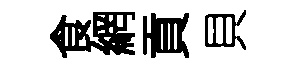
食網貢貝